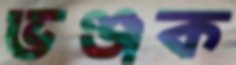
ভঞ্জক